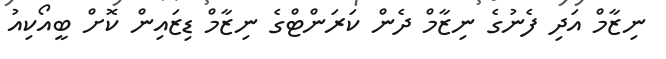
ނިޒާމް އަދި ފެނުގެ ނިޒާމް ދެން ކަރަންޓްގެ ނިޒާމް ޑިޒައިން ކޮށް ބީއޯކިއު